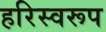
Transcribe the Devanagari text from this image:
हरिस्वरूप